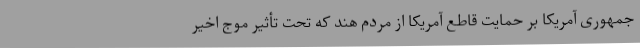
جمهوری آمریکا بر حمایت قاطع آمریکا از مردم هند که تحت تأثیر موج اخیر